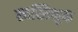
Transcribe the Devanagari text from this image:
स्वस्तिभुक